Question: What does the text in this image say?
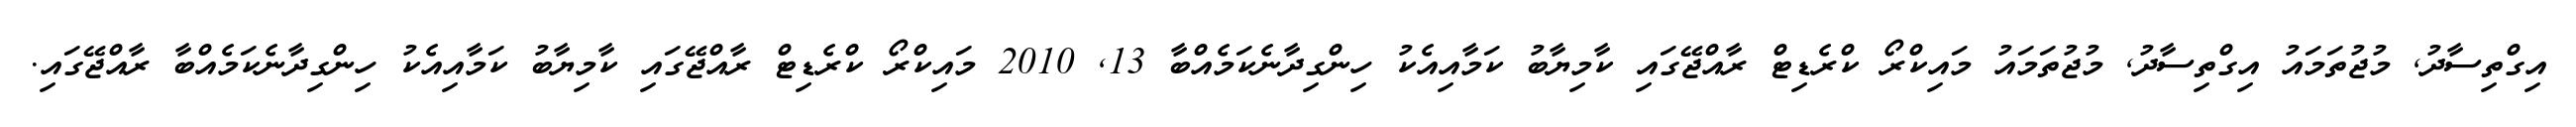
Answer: އިގްތިސާދު, މުޖުތަމައު އިގްތިސާދު, މުޖުތަމައު މައިކްރޯ ކްރެޑިޓް ރާއްޖޭގައި ކާމިޔާބު ކަމާއިއެކު ހިންގިދާނެކަމެއްބާ 13, 2010 މައިކްރޯ ކްރެޑިޓް ރާއްޖޭގައި ކާމިޔާބު ކަމާއިއެކު ހިންގިދާނެކަމެއްބާ ރާއްޖޭގައި.